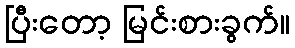
ပြီးတော့ မြင်းစားခွက်။